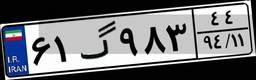
۸۸گ۳۲۸۶۸